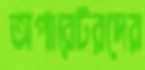
অপারেটরদের